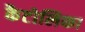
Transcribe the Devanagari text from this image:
कैटोलिका